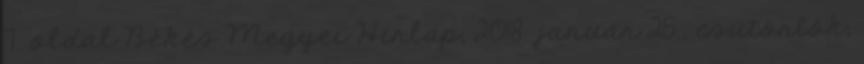
7. oldal Békés Megyei Hírlap, 2018. január 25., csütörtök,